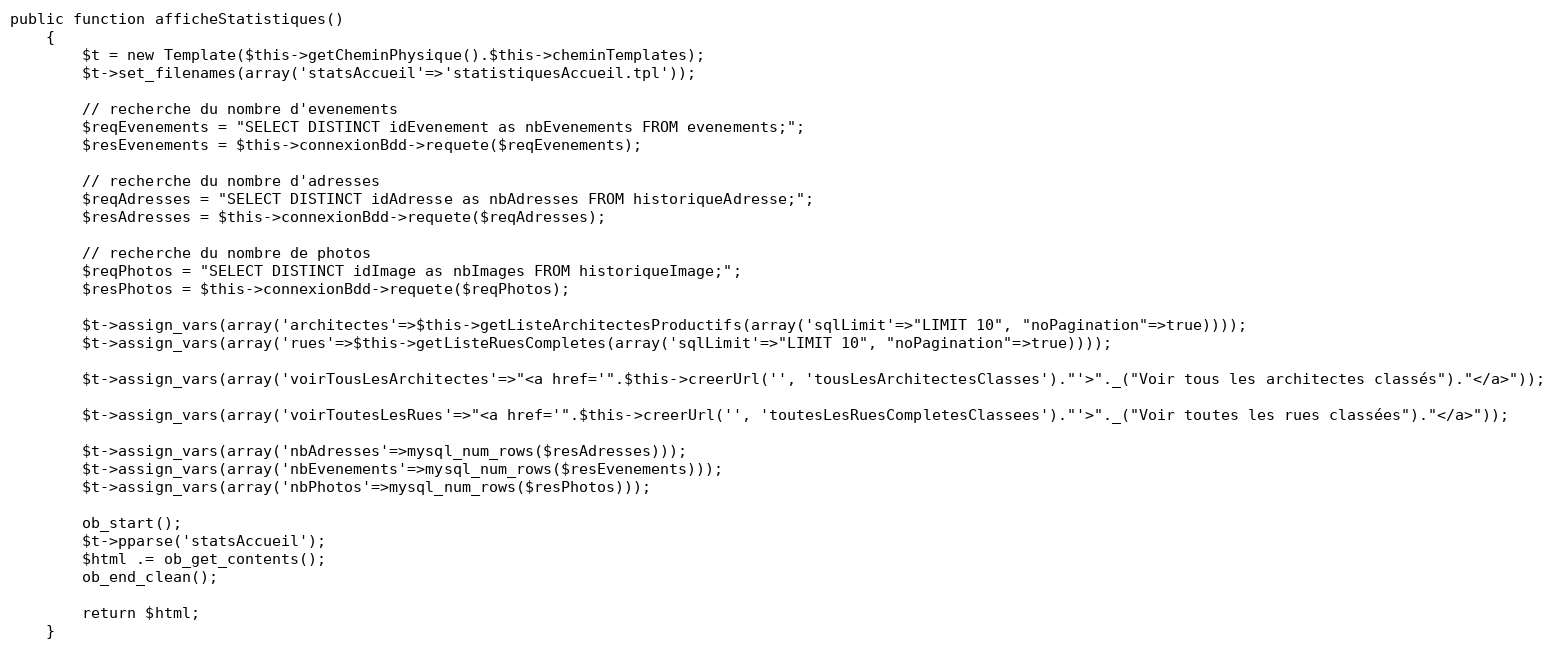
Language: PHP
public function afficheStatistiques()
	{
		$t = new Template($this->getCheminPhysique().$this->cheminTemplates);
		$t->set_filenames(array('statsAccueil'=>'statistiquesAccueil.tpl'));

		// recherche du nombre d'evenements
		$reqEvenements = "SELECT DISTINCT idEvenement as nbEvenements FROM evenements;";
		$resEvenements = $this->connexionBdd->requete($reqEvenements);

		// recherche du nombre d'adresses
		$reqAdresses = "SELECT DISTINCT idAdresse as nbAdresses FROM historiqueAdresse;";
		$resAdresses = $this->connexionBdd->requete($reqAdresses);

		// recherche du nombre de photos
		$reqPhotos = "SELECT DISTINCT idImage as nbImages FROM historiqueImage;";
		$resPhotos = $this->connexionBdd->requete($reqPhotos);

		$t->assign_vars(array('architectes'=>$this->getListeArchitectesProductifs(array('sqlLimit'=>"LIMIT 10", "noPagination"=>true))));
		$t->assign_vars(array('rues'=>$this->getListeRuesCompletes(array('sqlLimit'=>"LIMIT 10", "noPagination"=>true))));

		$t->assign_vars(array('voirTousLesArchitectes'=>"<a href='".$this->creerUrl('', 'tousLesArchitectesClasses')."'>"._("Voir tous les architectes classés")."</a>"));

		$t->assign_vars(array('voirToutesLesRues'=>"<a href='".$this->creerUrl('', 'toutesLesRuesCompletesClassees')."'>"._("Voir toutes les rues classées")."</a>"));

		$t->assign_vars(array('nbAdresses'=>mysql_num_rows($resAdresses)));
		$t->assign_vars(array('nbEvenements'=>mysql_num_rows($resEvenements)));
		$t->assign_vars(array('nbPhotos'=>mysql_num_rows($resPhotos)));

		ob_start();
		$t->pparse('statsAccueil');
		$html .= ob_get_contents();
		ob_end_clean();

		return $html;
	}